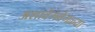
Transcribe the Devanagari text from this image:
अशावेगवेगळ्या